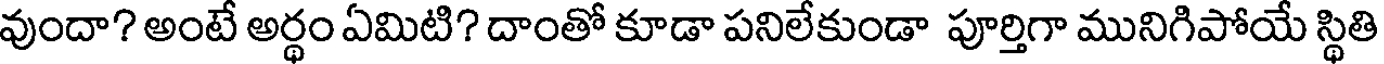
వుందా? అంటే అర్థం ఏమిటి? దాంతో కూడా పనిలేకుండా పూర్తిగా మునిగిపోయే స్థితి